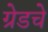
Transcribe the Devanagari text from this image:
ग्रेडचे